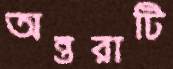
অন্তরাটি